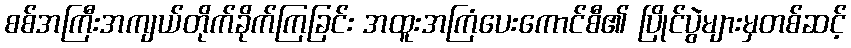
စစ်အကြီးအကျယ်တိုက်ခိုက်ကြခြင်း အထူးအကြံပေးကောင်စီ၏ ပြိုင်ပွဲများမှတစ်ဆင့်